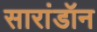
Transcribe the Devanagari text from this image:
सारांडॉन